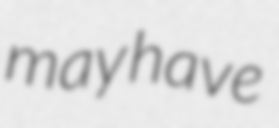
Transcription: may have